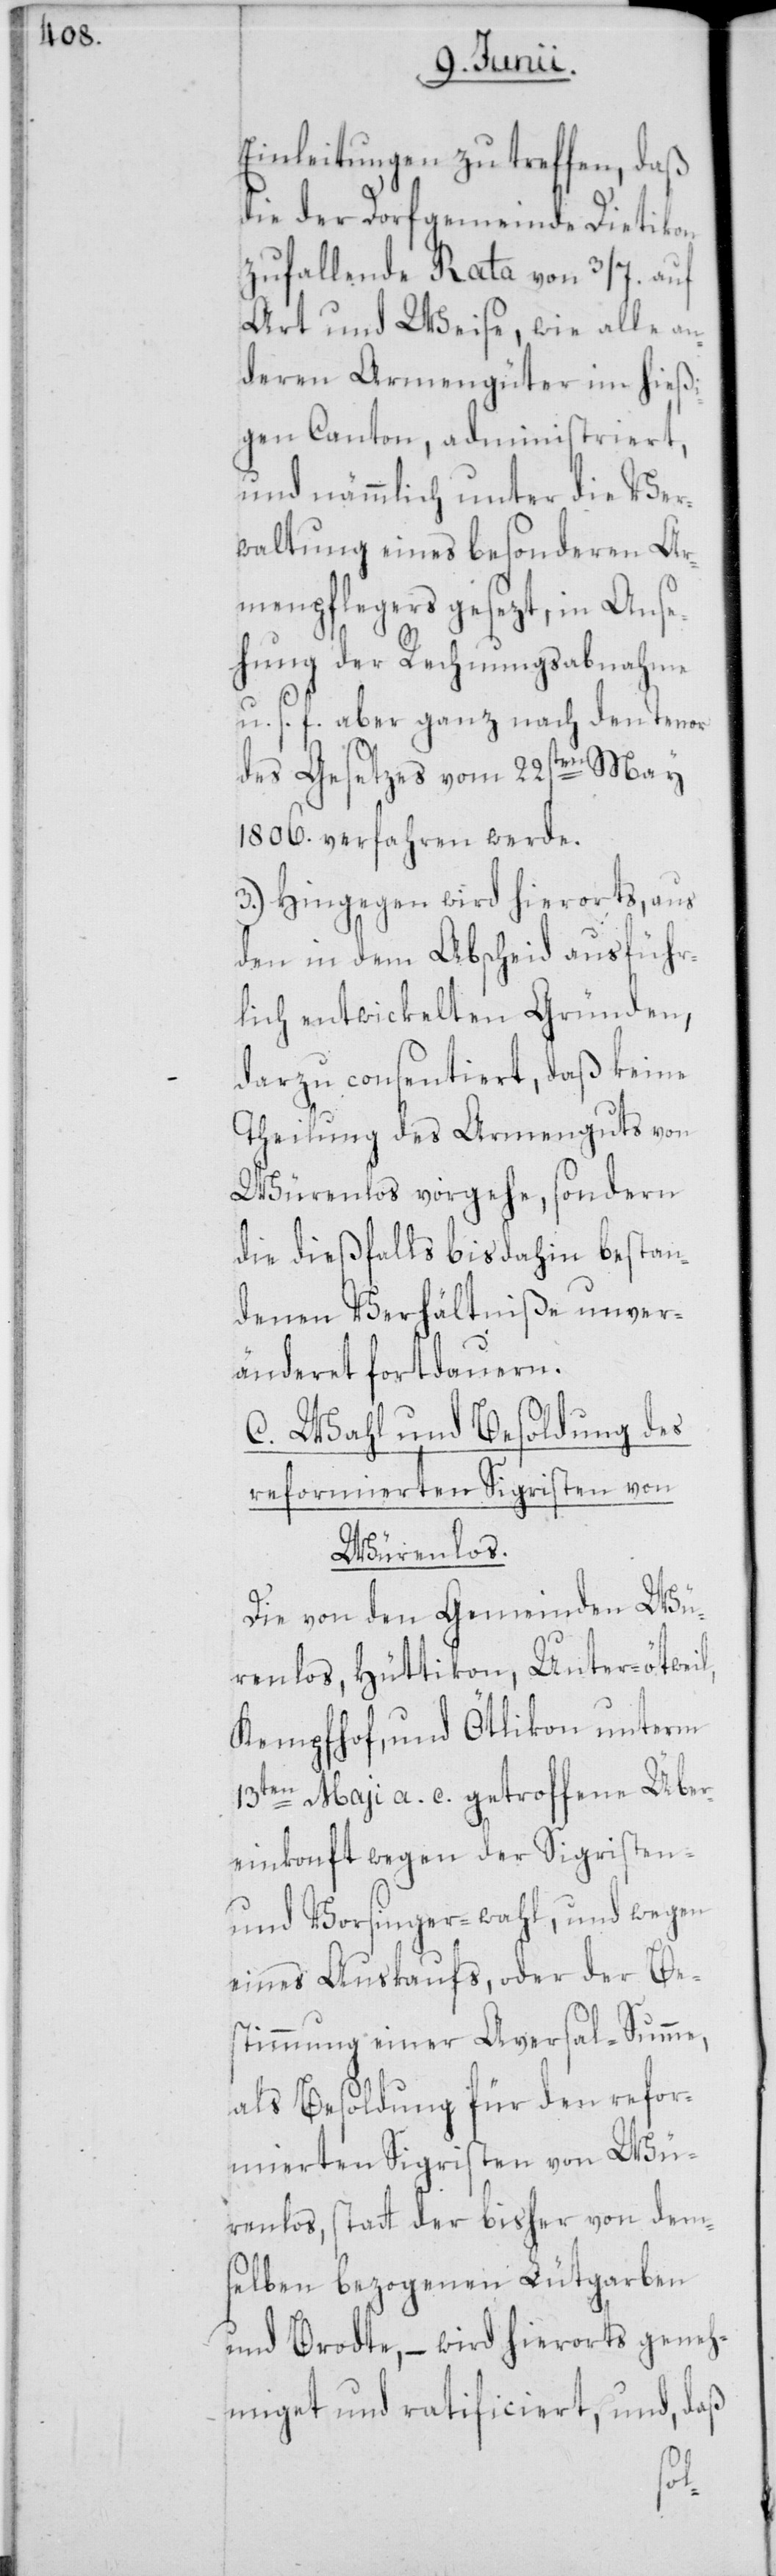
Einleitungen zu treffen, daß
die der Dorfgemeinde Dietikon
zufallende Rata von 3/7. auf
Art und Weise, wie alle an¬
deren Armengüter im hießi¬
gen Canton, administriert,
und nämmlich unter die Ver¬
waltung eines besonderen Ar¬
menpflegers gesezt, in Anse¬
hung der Rechnungsabnahme
u. s. f. aber ganz nach dem Tenor
des Gesetzes vom 22sten May
1806. verfahren werde.
3.) Hingegen wird hierorts, aus
den in dem Abscheid ausführ¬
lich entwickelten Gründen,
darzu consentiert, daß keine
Theilung des Armenguts von
Würenlos vorgehe, sondern
die dießfalls bis dahin bestan¬
denen Verhältniße unver¬
änderet fortdauern.
C. Wahl und Besoldung des
reformierten Sigristen von
Würenlos.
Die von den Gemeinden Wü¬
renlos, Hüttikon, Unter-ötweil,
Kempfhof, und Öttikon unterm
13ten Maji a. c. getroffene Über¬
einkonft wegen der Sigristen-
und Vorsinger-wahl, und wegen
eines Auskaufs, oder der Be¬
stimmung einer Aversal-Summe,
als Besoldung für den refor¬
mierten Sigristen von Wü¬
renlos, statt der bisher von dem¬
selben bezogenen Lütgarben
und Brodte, – wird hierorts geneh¬
miget und ratificiert, und, daß